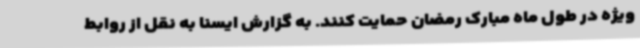
ویژه در طول ماه مبارک رمضان حمایت کنند. به گزارش ایسنا به نقل از روابط